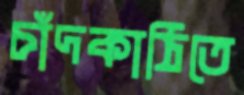
চাঁদকাঠিতে